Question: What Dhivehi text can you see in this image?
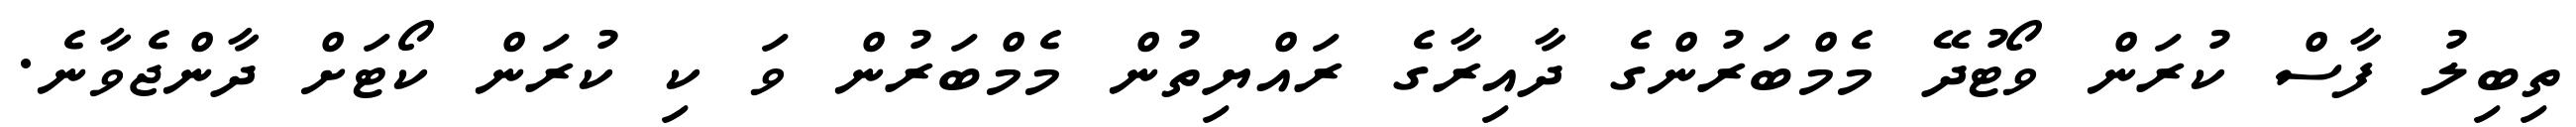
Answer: ތިބިލު ފާސް ކުރަން ވޯޓުދޭ މެމްބަރުންގެ ދާއިރާގެ ރައްޔިތުން މެމްބަރުން ވަ ކި ކުރަން ކޯޓަށް ދާންޖެވާނެ.